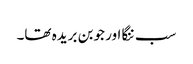
سب ننگا اور جوبن بریدہ تھا۔